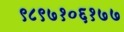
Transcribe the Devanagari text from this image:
९८९७१०६१७७